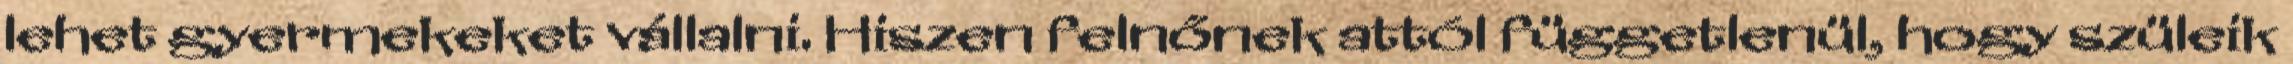
lehet gyermekeket vállalni. Hiszen felnőnek attól függetlenül, hogy szüleik